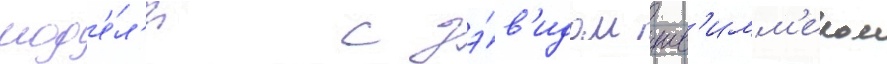
мод'е́л'и с дэ́в'идом шв'имм'ером